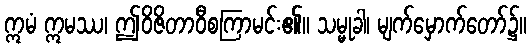
ဣမံ ဣမဿ၊ ဤဝိဇိတာဝီစကြာမင်း၏။ သမ္မုခါ၊ မျက်မှောက်တော်၌။